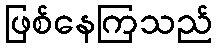
ဖြစ်နေကြသည်